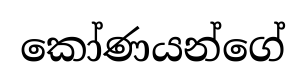
කෝණයන්ගේ